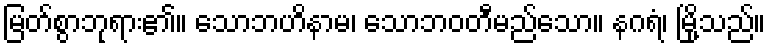
မြတ်စွာဘုရား၏။ သောဘဟိနာမ၊ သောဘဝတီမည်သော။ နဂရံ၊ မြို့သည်။